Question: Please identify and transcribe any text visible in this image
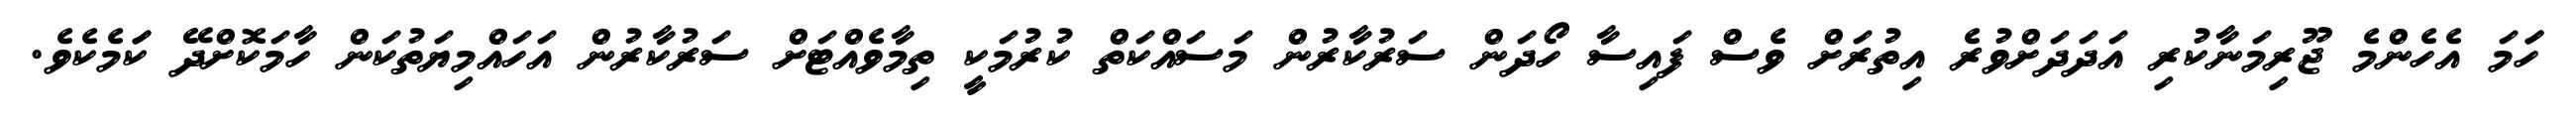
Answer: ހަަމަ އެހެންމެ ޖޫރިމަނާކުރި އަދަދަށްވުރެ އިތުރަށް ވެސް ފައިސާ ހޯދަން ސަރުކާރުން މަސައްކަތް ކުރުމަކީ ތިމާވެއްޓަށް ސަރުކާރުން އަހައްމިޔަތުކަން ހާމަކޮށްދޭ ކަަމެކެވެ.